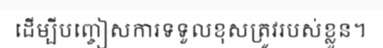
ដើម្បីបញ្ចៀសការទទួលខុសត្រូវរបស់ខ្លួន។